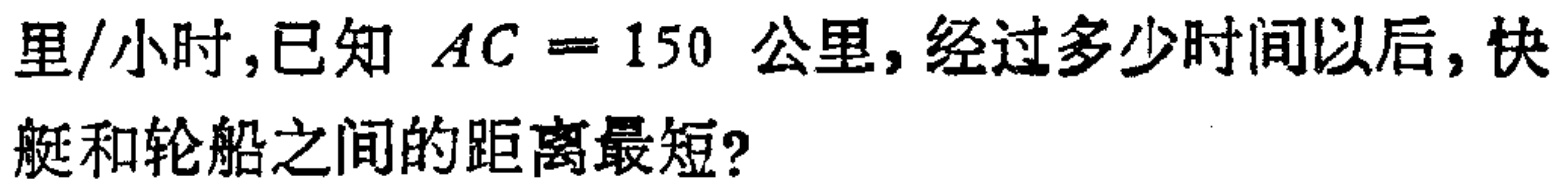
里/小时,已知 \(AC = 150\) 公里,经过多少时间以后,快艇和轮船之间的距离最短?